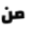
من